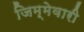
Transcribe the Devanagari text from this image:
जिम्‍मेवारी